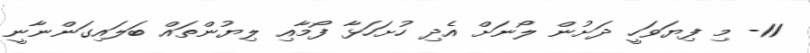
11- މި ފިޔަވަހީ ދަށުން ލޯނަށް އެދި ހުށަހަޅާ ފޯމާއި ލިޔުންތައް ބަލައިގަންނާނީ